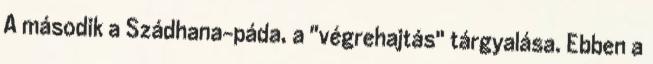
A második a Szádhana-páda, a "végrehajtás" tárgyalása. Ebben a